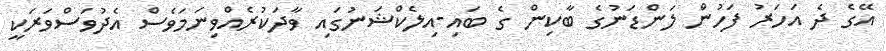
އޭގެ ދެ އަހަރު ފަހުން ލަންޑަނުގެ ބާކިން ގެ ބައި-އިލެކްޝަނުގައި ވާދަކުރެއްވިނަމަވެސް އެދުވަސްވަރަކީ